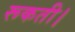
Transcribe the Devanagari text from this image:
रूकती।